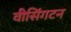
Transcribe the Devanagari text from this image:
वीसिंगटन